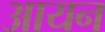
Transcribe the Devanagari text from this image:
अायन